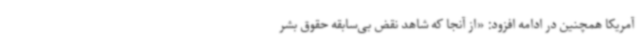
آمریکا همچنین در ادامه افزود: «از آنجا که شاهد نقض بی‌سابقه حقوق بشر